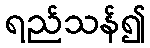
ရည်သန်၍